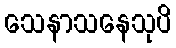
သေနာသနေသုပိ